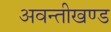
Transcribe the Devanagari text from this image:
अवन्तीखण्ड